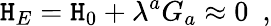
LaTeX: \mathtt{H}_{E}=\mathtt{H}_{0}+\lambda^{a}G_{a}\approx0\, \, \, ,